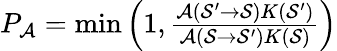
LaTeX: \begin{array}{r}{P_{\mathcal{A}}=\operatorname*{min}\left(1,\frac{\mathcal{A}(\mathcal{S^{\prime}}\rightarrow\mathcal{S})K(\mathcal{S^{\prime}})}{\mathcal{A}(\mathcal{S}\rightarrow\mathcal{S^{\prime}})K(\mathcal{S})}\right)}\end{array}